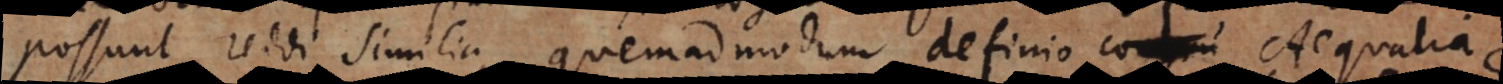
possunt reddi similia, quemadmodum definio Aequalia